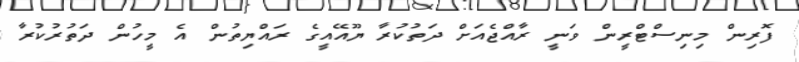
ފޮރިން މިނިސްޓްރީން ވަނީ ރާއްޖެއަށް ދަތުކުރާ ޔޫއޭއީގެ ރައްޔިތުން އެ މީހުން ދަތުރުކުރާ